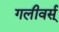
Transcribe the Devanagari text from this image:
गलीवर्स्